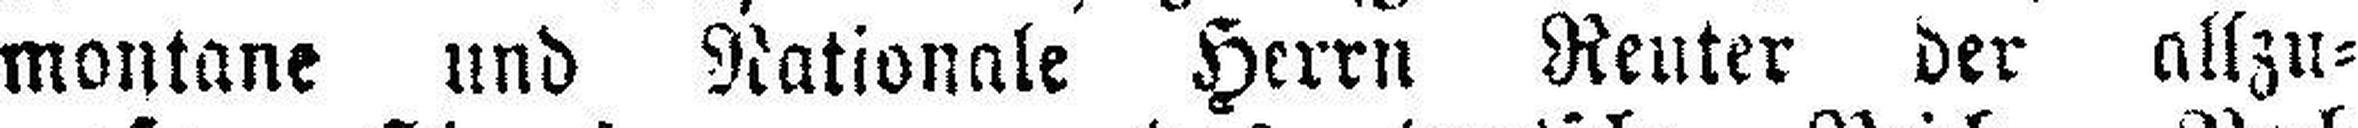
montane und Nationale Herrn Reuter der allzu¬